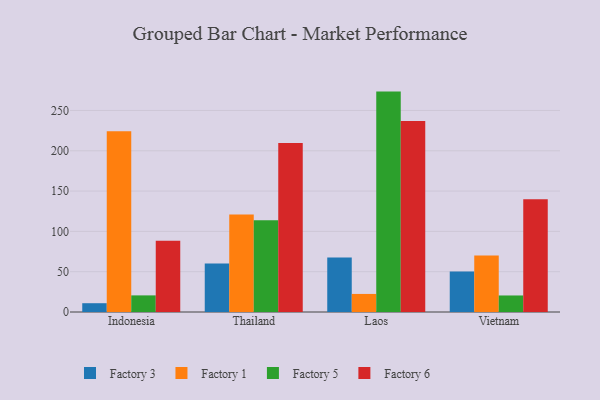
{"axis": {"x": "Country", "y": "Backlog"}, "legend": ["Factory 1", "Factory 3", "Factory 5", "Factory 6"], "data": [{"x": "Indonesia", "y": 10.9, "type": "Factory 3"}, {"x": "Indonesia", "y": 224.3, "type": "Factory 1"}, {"x": "Indonesia", "y": 20.6, "type": "Factory 5"}, {"x": "Indonesia", "y": 88.4, "type": "Factory 6"}, {"x": "Thailand", "y": 60.1, "type": "Factory 3"}, {"x": "Thailand", "y": 120.9, "type": "Factory 1"}, {"x": "Thailand", "y": 113.9, "type": "Factory 5"}, {"x": "Thailand", "y": 209.5, "type": "Factory 6"}, {"x": "Laos", "y": 67.7, "type": "Factory 3"}, {"x": "Laos", "y": 22.4, "type": "Factory 1"}, {"x": "Laos", "y": 273.4, "type": "Factory 5"}, {"x": "Laos", "y": 236.8, "type": "Factory 6"}, {"x": "Vietnam", "y": 50.3, "type": "Factory 3"}, {"x": "Vietnam", "y": 70.1, "type": "Factory 1"}, {"x": "Vietnam", "y": 20.5, "type": "Factory 5"}, {"x": "Vietnam", "y": 139.8, "type": "Factory 6"}]}